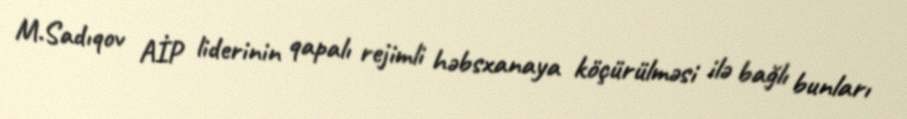
M.Sadıqov AİP liderinin qapalı rejimli həbsxanaya köçürülməsi ilə bağlı bunları